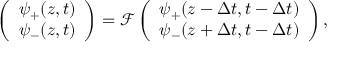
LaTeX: \left( \begin{array} { c } { { \psi _ { + } ( z , t ) } } \\ { { \psi _ { - } ( z , t ) } } \end{array} \right) = \mathcal { F } \left( \begin{array} { c } { { \psi _ { + } ( z - \Delta t , t - \Delta t ) } } \\ { { \psi _ { - } ( z + \Delta t , t - \Delta t ) } } \end{array} \right) ,